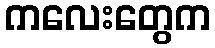
ကလေးတွေက